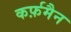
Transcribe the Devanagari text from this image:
कर्फ़मैन